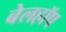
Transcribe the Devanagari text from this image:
बेलहॉप